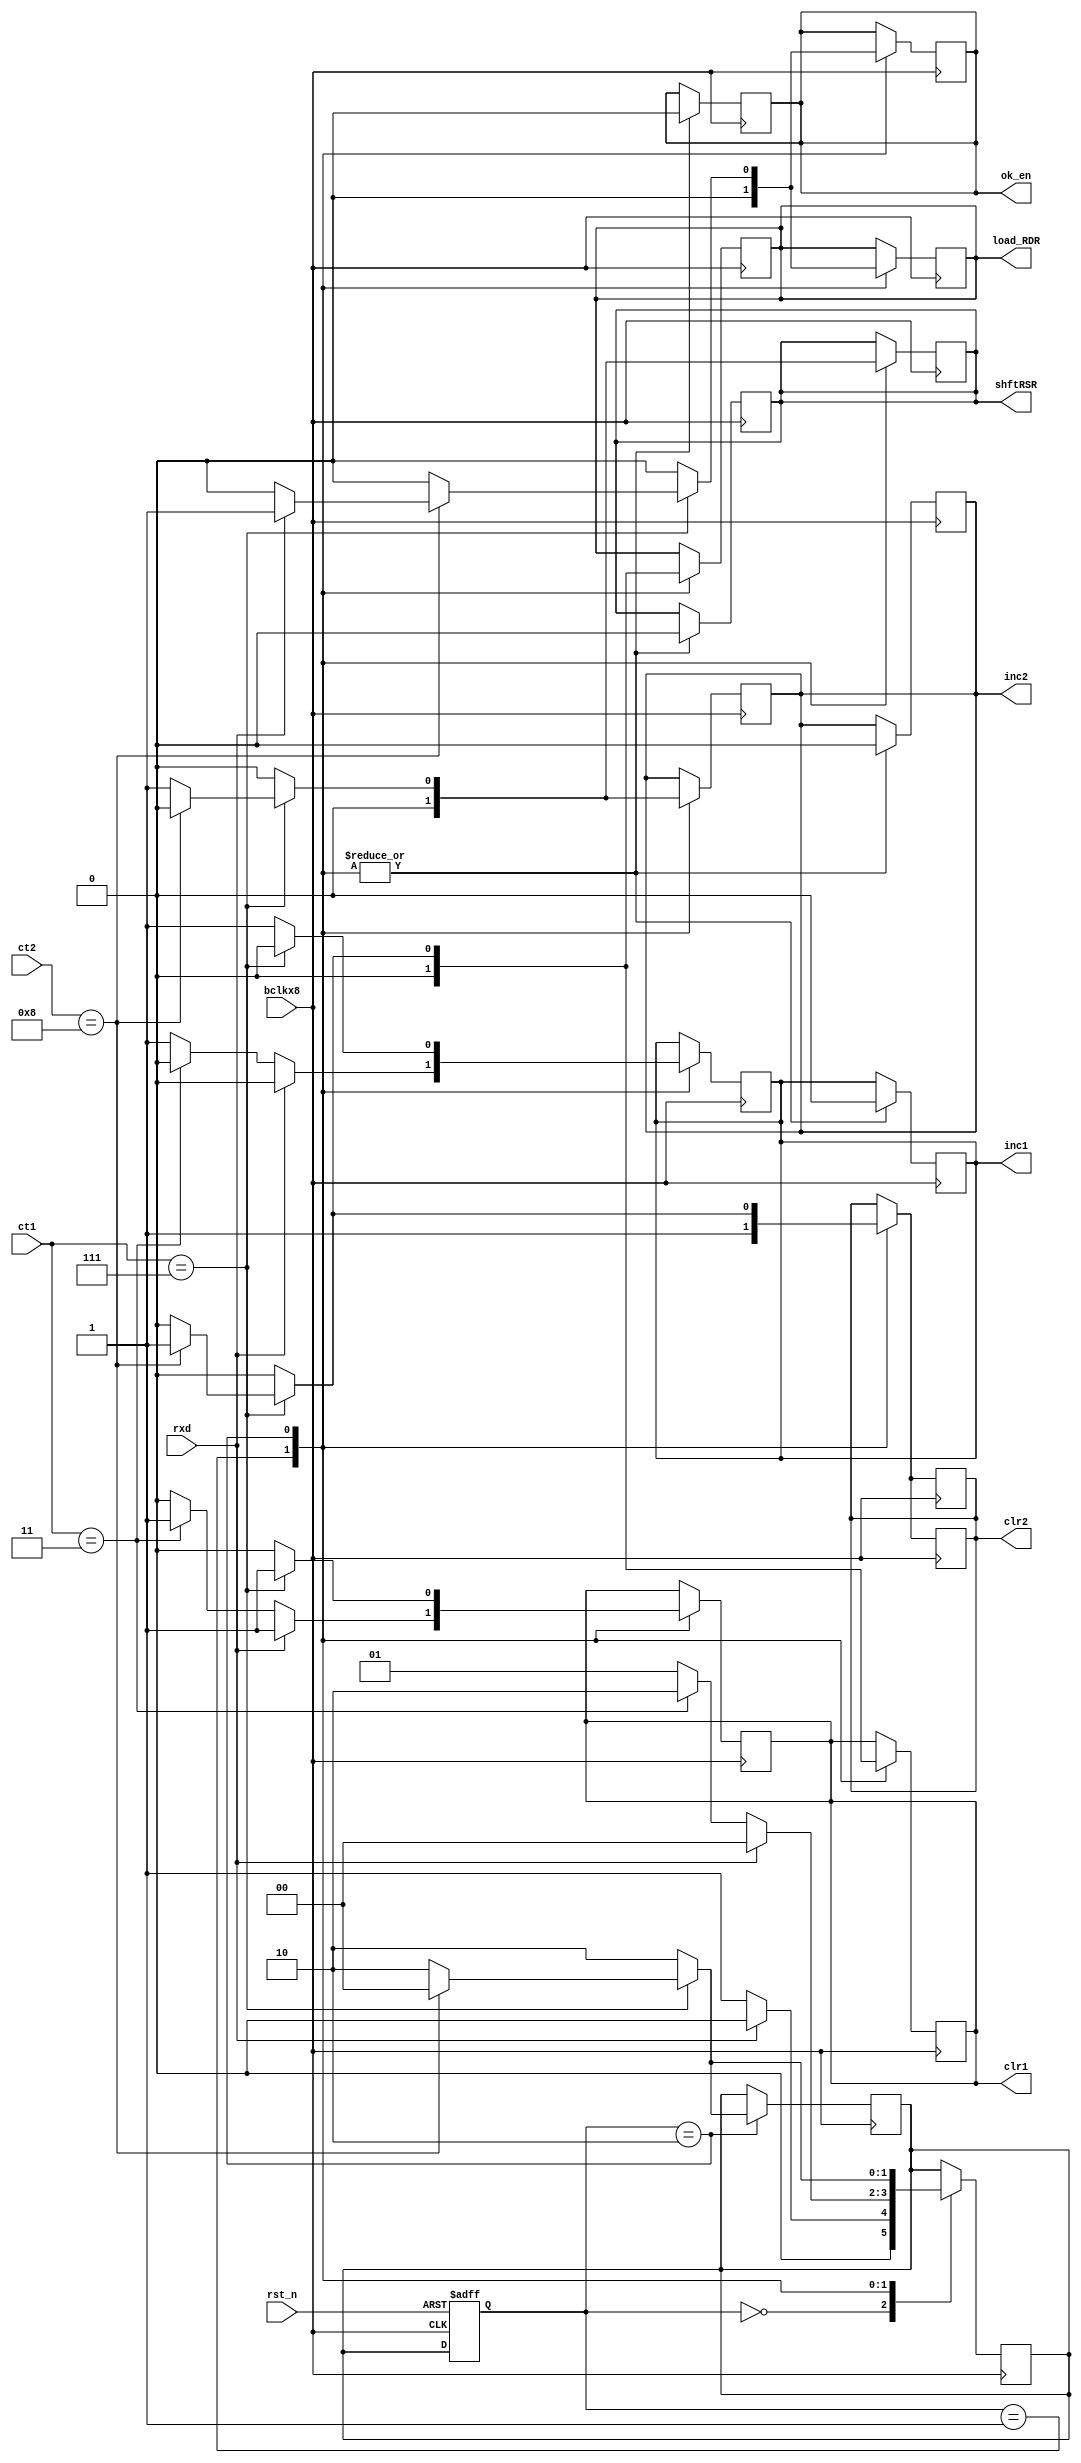
// State Machine for Receiver Module of UART

module sm_rx #(parameter data_bits=8)
(input bclkx8,rst_n,rxd,
 input [2:0]ct1,
 input [3:0]ct2,
 output reg ok_en,shftRSR,load_RDR,clr1,clr2,inc1,inc2);

 parameter idle=2'b00,
	   start_detected=2'b01,
	   recv_data=2'b10;
 
 reg [1:0]pr_state,nxt_state;

always @ (posedge bclkx8, negedge rst_n)
begin
	if(!rst_n)
	begin
	pr_state <= idle;
	end
	else
	pr_state <= nxt_state;
end

always @ (posedge bclkx8)
begin
	case(pr_state)
	idle:   if(rxd == 1'b0)
		begin
			nxt_state <= start_detected;
		end
		else
		begin
			nxt_state <= idle;
		end
	start_detected: if(rxd == 1'b1)
			begin
				{ok_en,shftRSR,load_RDR}<={1'b0,1'b0,1'b0};
				{clr1,clr2,inc1,inc2}<={1'b1,1'b1,1'b0,1'b0};
				//clr1 = 1'b1;
				nxt_state <= idle;
			end
			else
			begin
				if(ct1==3'd3)
				begin
					{ok_en,shftRSR,load_RDR}<={1'b0,1'b0,1'b0};
					{clr1,clr2,inc1,inc2}<={1'b1,1'b1,1'b0,1'b0};
					//clr1 = 1'b1;
					nxt_state <= recv_data;
				end
				else
				begin
					{ok_en,shftRSR,load_RDR}<={1'b0,1'b0,1'b0};
					{clr1,clr2,inc1,inc2}<={1'b0,1'b1,1'b1,1'b0};
					//inc1 = 1'b1;
					nxt_state <= start_detected;
				end
			end
	recv_data: if(!(ct1==3'd7))
		   begin
			{ok_en,shftRSR,load_RDR}<={1'b0,1'b0,1'b0};
			{clr1,clr2,inc1,inc2}<={1'b0,1'b0,1'b1,1'b0};
			//inc1 = 1'b1;
			nxt_state <= recv_data;
		   end
		   else
		   begin
			if(!(ct2==data_bits))
			begin
				{ok_en,shftRSR,load_RDR}<={1'b0,1'b1,1'b0};
				{clr1,clr2,inc1,inc2}<={1'b1,1'b0,1'b0,1'b1};
				//{shftRSR,inc2,clr1} = {1'b1,1'b1,1'b1};
				nxt_state <= recv_data;
			end
			else
			begin
				if(rxd == 1'b1)
				begin
					{ok_en,shftRSR,load_RDR}<={1'b1,1'b0,1'b1};
					{clr1,clr2,inc1,inc2}<={1'b1,1'b1,1'b0,1'b0};
					//{load_RDR,ok_en,clr1,clr2}={1'b1,1'b1,1'b1,1'b1};
					nxt_state <= idle;
				end
				else
				begin
					{ok_en,shftRSR,load_RDR}<={1'b0,1'b0,1'b0};
					{clr1,clr2,inc1,inc2}<={1'b1,1'b1,1'b0,1'b0};
					//{clr1,clr2}={1'b1,1'b1};
					nxt_state <= idle;
				end
			end
		   end
	endcase
end

always @ (negedge bclkx8)
begin
	case(pr_state)
	start_detected: begin
				{ok_en,shftRSR,load_RDR}<={1'b0,1'b0,1'b0};
				{clr1,clr2,inc1,inc2}<={1'b0,1'b1,1'b0,1'b0};
				//clr1 = 1'b0;
			end
	recv_data:  if(!(ct1==3'd7))
		    begin
			{ok_en,shftRSR,load_RDR}<={1'b0,1'b0,1'b0};
			{clr1,clr2,inc1,inc2}<={1'b0,1'b0,1'b0,1'b0};
			nxt_state <= recv_data;
		    end
		    else if(!(ct2==data_bits))
		    begin
			{ok_en,shftRSR,load_RDR}<={1'b0,1'b0,1'b0};
			{clr1,clr2,inc1,inc2}<={1'b0,1'b0,1'b0,1'b0};
			//{shftRSR,inc2,clr1} = {1'b1,1'b1,1'b1};
			nxt_state <= recv_data;
		    end
		    else
		    begin
			{ok_en,shftRSR,load_RDR}<={1'b0,1'b0,1'b1};
			{clr1,clr2,inc1,inc2}<={1'b1,1'b1,1'b0,1'b0};
			//{load_RDR,ok_en,clr1,clr2}={1'b1,1'b1,1'b1,1'b1};
			nxt_state <= idle;
		    end
	endcase
end

endmodule